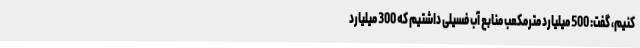
کنیم، گفت: 500 میلیارد مترمکعب منابع آب فسیلی داشتیم که 300 میلیارد